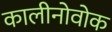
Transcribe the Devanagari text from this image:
कालीनोवोक